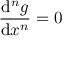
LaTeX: { \frac { \mathrm { d } ^ { n } g } { \mathrm { d } x ^ { n } } } = 0